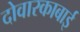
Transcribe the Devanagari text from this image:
दोवारकाबाई